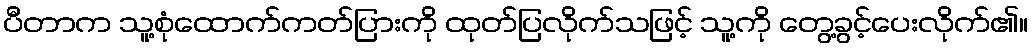
ပီတာက သူ့စုံထောက်ကတ်ပြားကို ထုတ်ပြလိုက်သဖြင့် သူ့ကို တွေ့ခွင့်ပေးလိုက်၏။